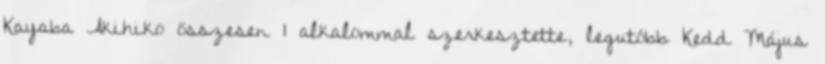
Kayaba Akihiko összesen 1 alkalommal szerkesztette, legutóbb Kedd Május